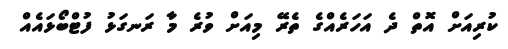
ކުރިއަށް އޮތް ދެ އަހަރެއްގެ ތެރޭ މިއަށް ވުރެ މާ ރަނގަޅު ފުޓްބޯޅައެއް